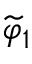
\widetilde { \varphi } _ { 1 }